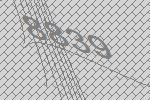
8839